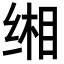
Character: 缃